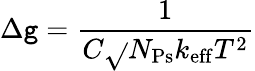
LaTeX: \Delta\mathtt{g}=\frac{{1}}{{C\sqrt{}{{N_{\mathrm{{Ps}}}}}k_{\mathrm{{eff}}}T^{2}}}